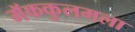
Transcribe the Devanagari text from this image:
मॅककुलमला